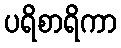
ပရိစာရိကာ